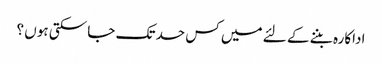
اداکارہ بننے کے لئے میں کس حد تک جا سکتی ہوں ؟